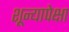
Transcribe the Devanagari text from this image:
शून्यापेक्षा